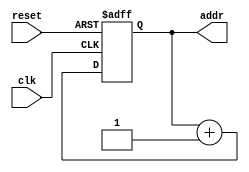
module addr_seqr(clk, reset, addr);
   //inputs from debounced switch and global reset
   input            clk, reset;
   
   //outputs an eight bit address for each sequence through RAM
   output reg [7:0] addr;
   
   //if reset then set addr to zero. else start counting.
   always @(posedge clk or posedge reset) begin
      if (reset)
         addr = 8'b00000000;
      else
         addr = addr + 8'b00000001;
   end
endmodule